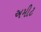
અમીટ